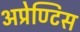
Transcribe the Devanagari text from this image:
अप्रेण्टिस